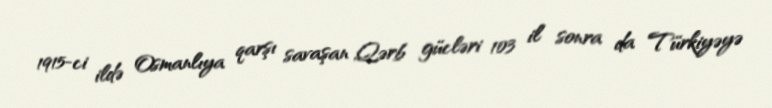
1915-ci ildə Osmanlıya qarşı savaşan Qərb gücləri 103 il sonra da Türkiyəyə